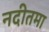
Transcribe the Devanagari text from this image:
नदीतमा